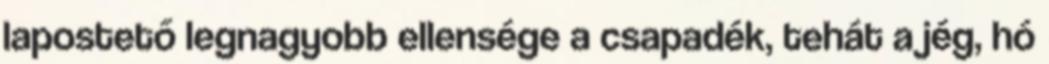
lapostető legnagyobb ellensége a csapadék, tehát a jég, hó